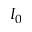
I _ { 0 }